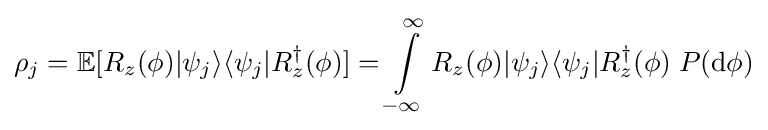
\rho _{j}=\mathbb {E} [R_{z}(\phi )\vert \psi _{j}\rangle \langle \psi _{j}\vert R_{z}^{\dagger }(\phi )]=\int \limits _{-\infty }^{\infty }R_{z}(\phi )|\psi _{j}\rangle \langle \psi _{j}|R_{z}^{\dagger }(\phi )\;P({\text{d}}\phi )